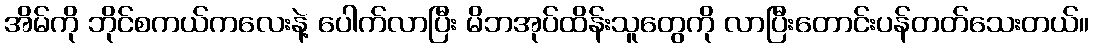
အိမ်ကို ဘိုင်စကယ်ကလေးနဲ့ ပေါက်လာပြီး မိဘအုပ်ထိန်းသူတွေကို လာပြီးတောင်းပန်တတ်သေးတယ်။